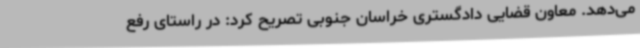
می‌دهد. معاون قضایی دادگستری خراسان جنوبی تصریح کرد: در راستای رفع